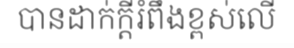
បានដាក់ក្តីរំពឹងខ្ពស់លើ